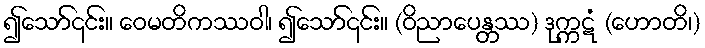
၍သော်၎င်း။ ဝေမတိကဿဝါ၊ ၍သော်၎င်း။ (ဝိညာပေန္တဿ) ဒုက္ကဋံ (ဟောတိ၊)